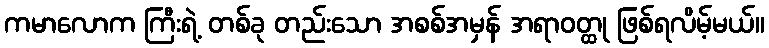
ကမာလောက ကြီးရဲ့ တစ်ခု တည်းသော အစစ်အမှန် အရာဝတ္ထု ဖြစ်ရလိမ့်မယ်။